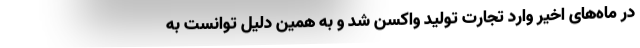
در ماه‌های اخیر وارد تجارت تولید واکسن شد و به همین دلیل توانست به